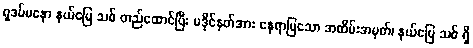
ရှဒပ်မနော နယ်မြေ သစ် တည်ထောင်ပြီး မဒိုင်နတ်အား နေရာပြသော အထိမ်းအမှတ်၊ နယ်မြေ သစ် ရှိ